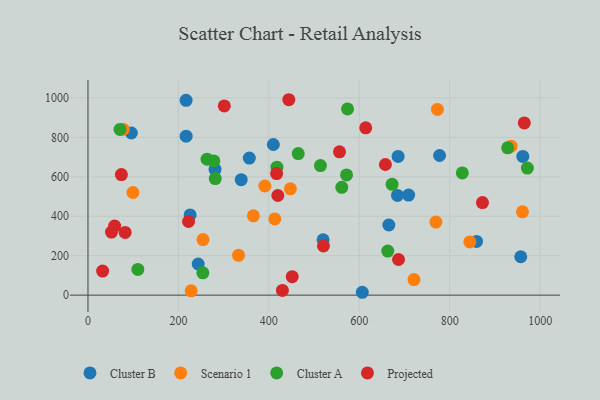
{"axis": {"x": "Speed", "y": "Fuel Efficiency"}, "legend": ["Cluster A", "Cluster B", "Projected", "Scenario 1"], "data": [{"x": "225.9", "y": 406.6, "type": "Cluster B"}, {"x": "685.9", "y": 703.4, "type": "Cluster B"}, {"x": "217.0", "y": 987.7, "type": "Cluster B"}, {"x": "684.5", "y": 505.5, "type": "Cluster B"}, {"x": "665.4", "y": 355.5, "type": "Cluster B"}, {"x": "777.6", "y": 707.9, "type": "Cluster B"}, {"x": "338.9", "y": 585.5, "type": "Cluster B"}, {"x": "356.8", "y": 694.9, "type": "Cluster B"}, {"x": "520.0", "y": 280.9, "type": "Cluster B"}, {"x": "217.1", "y": 806.1, "type": "Cluster B"}, {"x": "243.8", "y": 157.8, "type": "Cluster B"}, {"x": "96.0", "y": 822.0, "type": "Cluster B"}, {"x": "281.0", "y": 637.9, "type": "Cluster B"}, {"x": "859.4", "y": 272.5, "type": "Cluster B"}, {"x": "709.1", "y": 507.3, "type": "Cluster B"}, {"x": "606.7", "y": 14.5, "type": "Cluster B"}, {"x": "410.0", "y": 763.6, "type": "Cluster B"}, {"x": "961.7", "y": 703.1, "type": "Cluster B"}, {"x": "957.1", "y": 194.6, "type": "Cluster B"}, {"x": "391.2", "y": 553.2, "type": "Scenario 1"}, {"x": "935.8", "y": 755.0, "type": "Scenario 1"}, {"x": "447.7", "y": 539.0, "type": "Scenario 1"}, {"x": "228.1", "y": 22.0, "type": "Scenario 1"}, {"x": "721.0", "y": 78.7, "type": "Scenario 1"}, {"x": "78.1", "y": 841.1, "type": "Scenario 1"}, {"x": "99.4", "y": 520.3, "type": "Scenario 1"}, {"x": "254.4", "y": 281.9, "type": "Scenario 1"}, {"x": "413.2", "y": 386.5, "type": "Scenario 1"}, {"x": "365.8", "y": 402.2, "type": "Scenario 1"}, {"x": "332.9", "y": 201.9, "type": "Scenario 1"}, {"x": "772.9", "y": 941.4, "type": "Scenario 1"}, {"x": "960.9", "y": 422.3, "type": "Scenario 1"}, {"x": "769.5", "y": 370.3, "type": "Scenario 1"}, {"x": "844.5", "y": 269.9, "type": "Scenario 1"}, {"x": "663.0", "y": 223.3, "type": "Cluster A"}, {"x": "971.8", "y": 644.2, "type": "Cluster A"}, {"x": "110.3", "y": 130.3, "type": "Cluster A"}, {"x": "281.5", "y": 590.7, "type": "Cluster A"}, {"x": "263.4", "y": 689.5, "type": "Cluster A"}, {"x": "254.1", "y": 113.0, "type": "Cluster A"}, {"x": "417.9", "y": 648.7, "type": "Cluster A"}, {"x": "571.9", "y": 609.5, "type": "Cluster A"}, {"x": "827.9", "y": 619.7, "type": "Cluster A"}, {"x": "70.8", "y": 840.1, "type": "Cluster A"}, {"x": "672.6", "y": 562.0, "type": "Cluster A"}, {"x": "574.1", "y": 944.1, "type": "Cluster A"}, {"x": "561.3", "y": 546.7, "type": "Cluster A"}, {"x": "514.1", "y": 656.6, "type": "Cluster A"}, {"x": "465.0", "y": 717.9, "type": "Cluster A"}, {"x": "278.4", "y": 680.6, "type": "Cluster A"}, {"x": "928.3", "y": 746.7, "type": "Cluster A"}, {"x": "222.4", "y": 373.3, "type": "Projected"}, {"x": "451.7", "y": 93.5, "type": "Projected"}, {"x": "444.2", "y": 990.7, "type": "Projected"}, {"x": "872.5", "y": 469.3, "type": "Projected"}, {"x": "82.2", "y": 318.1, "type": "Projected"}, {"x": "965.0", "y": 873.0, "type": "Projected"}, {"x": "430.0", "y": 23.9, "type": "Projected"}, {"x": "73.9", "y": 611.1, "type": "Projected"}, {"x": "417.2", "y": 616.5, "type": "Projected"}, {"x": "556.3", "y": 726.6, "type": "Projected"}, {"x": "419.9", "y": 505.2, "type": "Projected"}, {"x": "614.3", "y": 848.2, "type": "Projected"}, {"x": "52.0", "y": 319.8, "type": "Projected"}, {"x": "59.0", "y": 350.4, "type": "Projected"}, {"x": "32.4", "y": 121.9, "type": "Projected"}, {"x": "301.5", "y": 959.2, "type": "Projected"}, {"x": "657.8", "y": 662.4, "type": "Projected"}, {"x": "520.8", "y": 249.7, "type": "Projected"}, {"x": "686.8", "y": 180.7, "type": "Projected"}]}